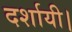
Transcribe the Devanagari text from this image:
दर्शायी।